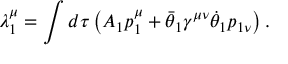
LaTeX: \lambda _ { 1 } ^ { \mu } = \int d \tau \left( A _ { 1 } p _ { 1 } ^ { \mu } + \bar { \theta } _ { 1 } \gamma ^ { \mu \nu } \dot { \theta } _ { 1 } p _ { 1 \nu } \right) .